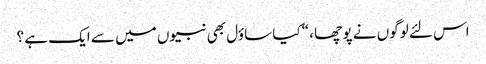
اس لئے لوگوں نے پو چھا ، “کیا ساؤل بھی نبیوں میں سے ایک ہے ؟